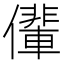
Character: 𠐡